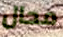
محال